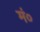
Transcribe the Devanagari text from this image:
मं०